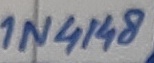
Text: 1N4148